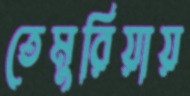
তেমুরিয়ায়